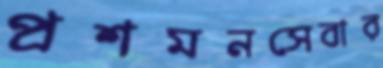
প্রশমনসেবার